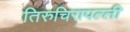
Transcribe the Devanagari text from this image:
तिरुचिरापल्‍ली